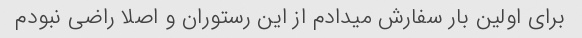
برای اولین بار سفارش میدادم از این رستوران و اصلا راضی نبودم